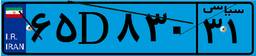
۱۸D۳۵۷۸۶